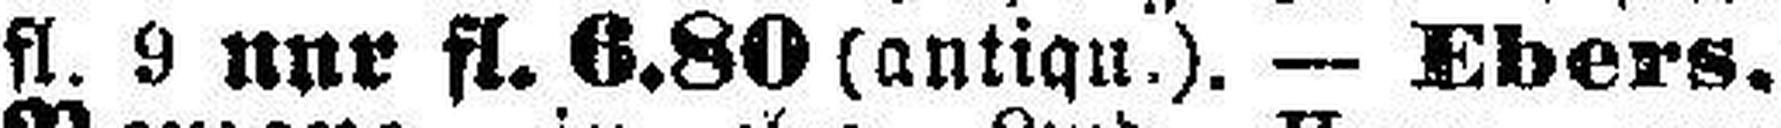
fl. 9 nur fl. 6.80 (antiqu.). — Ebers.